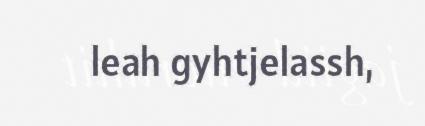
leah gyhtjelassh,